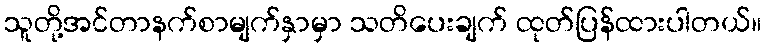
သူတို့အင်တာနက်စာမျက်နှာမှာ သတိပေးချက် ထုတ်ပြန်ထားပါတယ်။